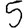
Digit: 5